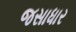
જસાધાર